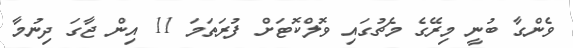
ވެންގާ ބުނީ މިރޭގެ މެޗުގައި ވޮލްކޮޓަށް ފުރަތަމަ 11 އިން ޖާގަ ދިނުމާ